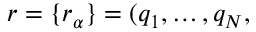
r = \{ r _ { \alpha } \} = ( q _ { 1 } , \dots , q _ { N } ,